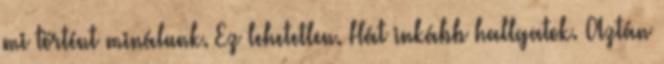
mi történt minálunk. Ez lehetetlen. Hát inkább hallgatok. Aztán